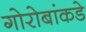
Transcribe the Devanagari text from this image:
गोरोबांकडे